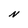
Character: N